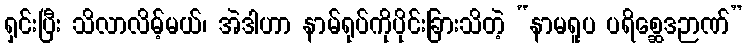
ရှင်းပြီး သိလာလိမ့်မယ်၊ အဲဒါဟာ နာမ်ရုပ်ကိုပိုင်းခြားသိတဲ့ “နာမရူပ ပရိစ္ဆေဒဉာဏ်”